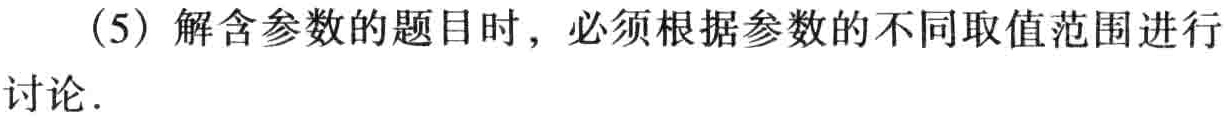
（5）解含参数的题目时，必须根据参数的不同取值范围进行讨论.